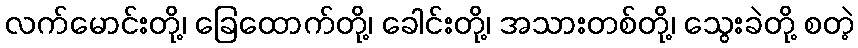
လက်မောင်းတို့၊ ခြေထောက်တို့၊ ခေါင်းတို့၊ အသားတစ်တို့၊ သွေးခဲတို့ စတဲ့